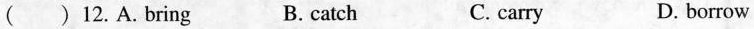
() 12.A.bring B. catch C. carry D. borrow